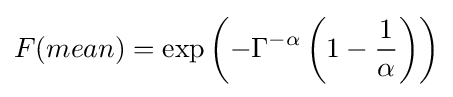
F(mean)=\exp \left(-\Gamma ^{-\alpha }\left(1-{\frac {1}{\alpha }}\right)\right)